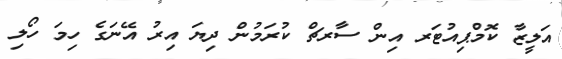
އަލީޒާ ކޮމްޕިއުޓަރ އިން ސާރޗް ކުރަމުން ދިޔަ އިރު އޭނަގެ ހިމަ ހޯލި